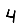
Digit: 4